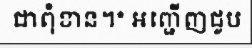
ជាពុំខាន។* អញ្ជើញជួប